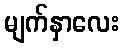
မျက်နှာလေး